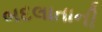
બદલાતાની